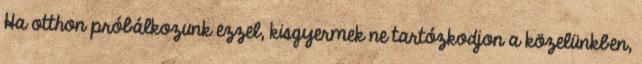
Ha otthon próbálkozunk ezzel, kisgyermek ne tartózkodjon a közelünkben,